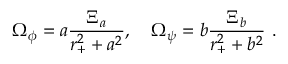
{ \Omega } _ { \phi } = a { \frac { { \Xi } _ { a } } { r _ { + } ^ { 2 } + a ^ { 2 } } } , \quad { \Omega } _ { \psi } = b { \frac { { \Xi } _ { b } } { r _ { + } ^ { 2 } + b ^ { 2 } } } \ .